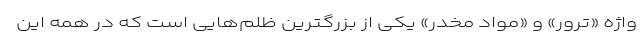
واژه «ترور» و «مواد مخدر» یکی از بزرگترین ظلم‌هایی است که در همه این